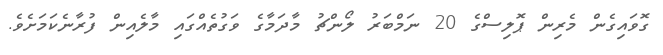
ގޮވައިގެން މެރިން ޕޮލިސްގެ 20 ނަމްބަރު ލޯންޗު މާދަމާގެ ވަގުތެއްގައި މާލެއިން ފުރާނެކަމަށެވެ.